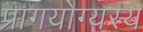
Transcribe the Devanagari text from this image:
प्रागयोग्यस्य